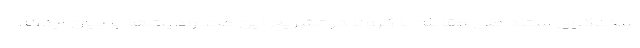
سخنگوی ستاد ملی مقابله با کرونا در تشریح این محدودیت‌ها با بیان اینکه